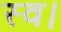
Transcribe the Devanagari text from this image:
स्‍व।